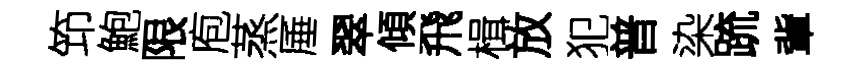
笻鮑限庖蒸厜翠傾飛楫放犯普染䟽軰